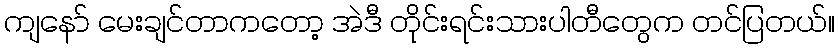
ကျနော် မေးချင်တာကတော့ အဲဒီ တိုင်းရင်းသားပါတီတွေက တင်ပြတယ်။